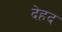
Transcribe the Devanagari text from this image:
देहद